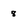
Character: 8